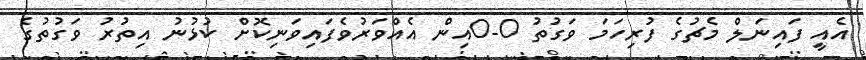
އެއީ ފައިނަލް މެޗުގެ ފުރިހަމަ ވަގުތު 0-0އިން އެއްވަރުވެފައިވަނިކޮށް ކުޅުނު އިތުރު ވަގުތުގެ